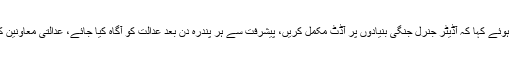
سپریم کورٹ نے آڈیٹر جنرل کو تھر کول گیسی فیکشن منصوبہ کا فرانزک آڈٹ کرنے کا حکم دیتے ہوئے کہا کہ آڈیٹر جنرل جنگی بنیادوں پر آڈٹ مکمل کریں، پیشرفت سے ہر پندرہ دن بعد عدالت کو آگاہ کیا جائے، عدالتی معاونین کی رپورٹ کے مطابق خزانہ کو اربوں کا نقصان ہوا، نیب انکوائری کر کے اپنی رپورٹ پیش کرے۔